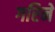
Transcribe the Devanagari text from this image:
गरिने